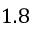
1 . 8